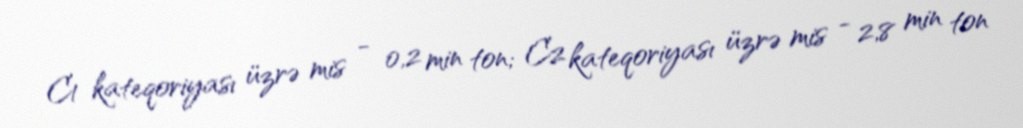
C1 kateqoriyası üzrə mis - 0,2 min ton; C2 kateqoriyası üzrə mis - 2,8 min ton